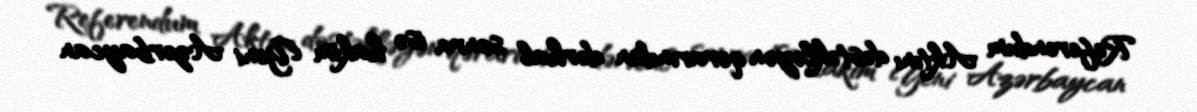
Referendum Aktını dəstəkləyən qərarından dərhal sonra isə hakim Yeni Azərbaycan